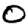
Digit: 0